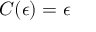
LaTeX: C ( \epsilon ) = \epsilon